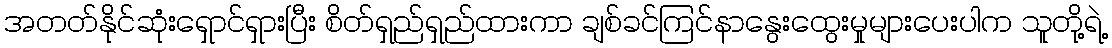
အတတ်နိုင်ဆုံးရှောင်ရှားပြီး စိတ်ရှည်ရှည်ထားကာ ချစ်ခင်ကြင်နာနွေးထွေးမှုများပေးပါက သူတို့ရဲ့